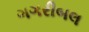
ગગરીબલ